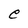
Character: C